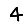
Digit: 4